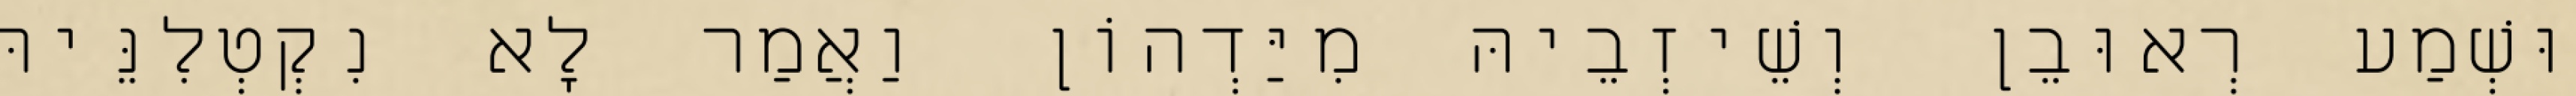
וּשְׁמַע רְאוּבֵן וְשֵׁיזְבֵיהּ מִיַּדְהוֹן וַאֲמַר לָא נִקְטְלִנֵּיהּ